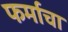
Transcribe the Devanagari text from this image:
फर्माचा